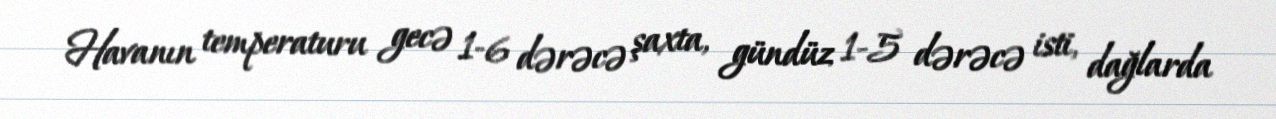
Havanın temperaturu gecə 1-6 dərəcə şaxta, gündüz 1-5 dərəcə isti, dağlarda